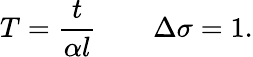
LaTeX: T=\frac{t}{\alpha l}\quad\quad\Delta\sigma=1.